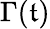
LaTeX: \Gamma(\mathfrak{t})